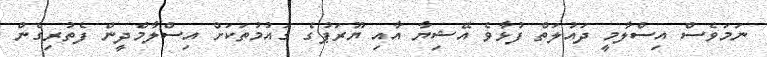
ނަމަވެސް އިސްލާމީ ދައުލަތް ފުޅާވެ އޭޝިޔާ އާއި ޔޫރަޕުގެ ގައުމުތަކަށް އިސްލާމްދީން ފެތުރިގެން